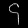
Digit: ၄